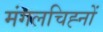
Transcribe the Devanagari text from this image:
मंगलचिह्नों